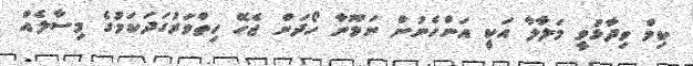
ކިމް ވިދާޅުވީ މަލާލާ އަކީ އަންހެނުން ނަމޫނާ ހޯދަން ޖެހޭ ހިތްވަރުގަދަކަމުގެ މިސާލެއް